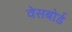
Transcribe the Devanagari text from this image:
वेसबोर्ड